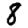
Digit: 8